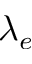
\lambda _ { e }